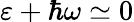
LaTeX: \varepsilon+\hbar\omega\simeq 0